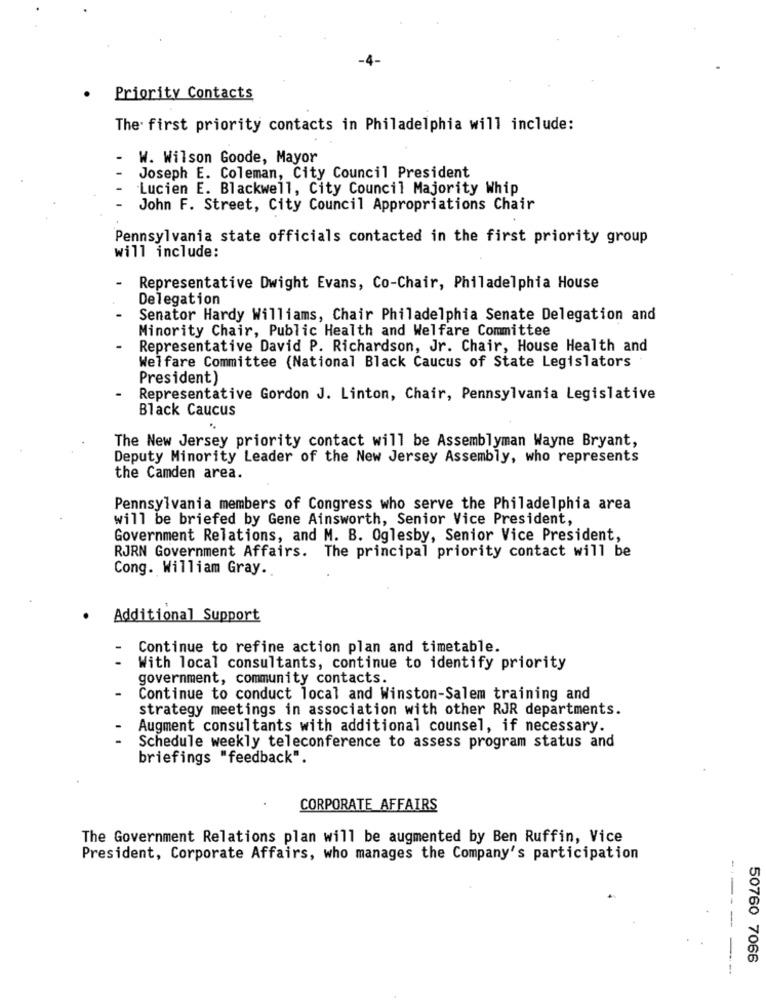
Priority Contacts
The first priority contacts in Philadelphia will include:
W. Wilson Goode, Mayor
Joseph E. Coleman, City Council President
Lucien E. Blackwell, City Council Majority Whip
John F. Street, City Council Appropriations Chair
Pennsylvania state officials contacted in the first priority group
will include:
Representative Dwight Evans, Co-Chair, Philadelphia House
Delegation
Senator Hardy Williams, Chair Philadelphia Senate Delegation and
Minority Chair, Public Health and Welfare Committee
Representative David P. Richardson, Jr. Chair, House Health and
Welfare Committee (National Black Caucus of State Legislators
President)
Representative Gordon J. Linton, Chair, Pennsylvania Legislative
Black Caucus
The New Jersey priority contact will be Assemblyman Wayne Bryant,
Deputy Minority Leader of the New Jersey Assembly, who represents
the Camden area.
Pennsylvania members of Congress who serve the Philadelphia area
will be briefed by Gene Ainsworth, Senior Vice President,
Government Relations, and M. B. Oglesby, Senior Vice President,
RJRN Government Affairs. The principal priority contact will be
Cong. William Gray.
Additional Support
Continue to refine action plan and timetable.
With local consultants, continue to identify priority
government, community contacts.
Continue to conduct local and Winston-Salem training and
strategy meetings in association with other RJR departments.
Augment consultants with additional counsel, if necessary.
Schedule weekly teleconference to assess program status and
briefings "feedback".
CORPORATE AFFAIRS
The Government Relations plan will be augmented by Ben Ruffin, Vice
President, Corporate Affairs, who manages the Company's participation
50760 7066
---- --